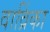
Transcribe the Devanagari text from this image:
वाव्रिंका